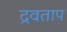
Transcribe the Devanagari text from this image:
द्रवताप